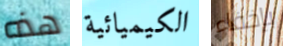
هذه الكيميائية بإخفاء